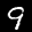
Label: 9